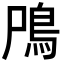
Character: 鳲